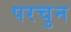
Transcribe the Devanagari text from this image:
परचुन